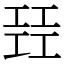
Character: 㠭